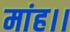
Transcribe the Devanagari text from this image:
मांह।।